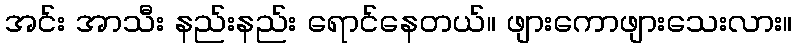
အင်း အာသီး နည်းနည်း ရောင်နေတယ်။ ဖျားကောဖျားသေးလား။